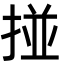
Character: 掽